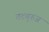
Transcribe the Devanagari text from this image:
तटबुरुज